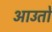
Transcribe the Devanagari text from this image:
आउतो